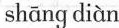
shāng diàn